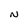
Character: N